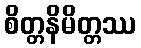
စိတ္တနိမိတ္တဿ